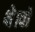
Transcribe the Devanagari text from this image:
थे।वो